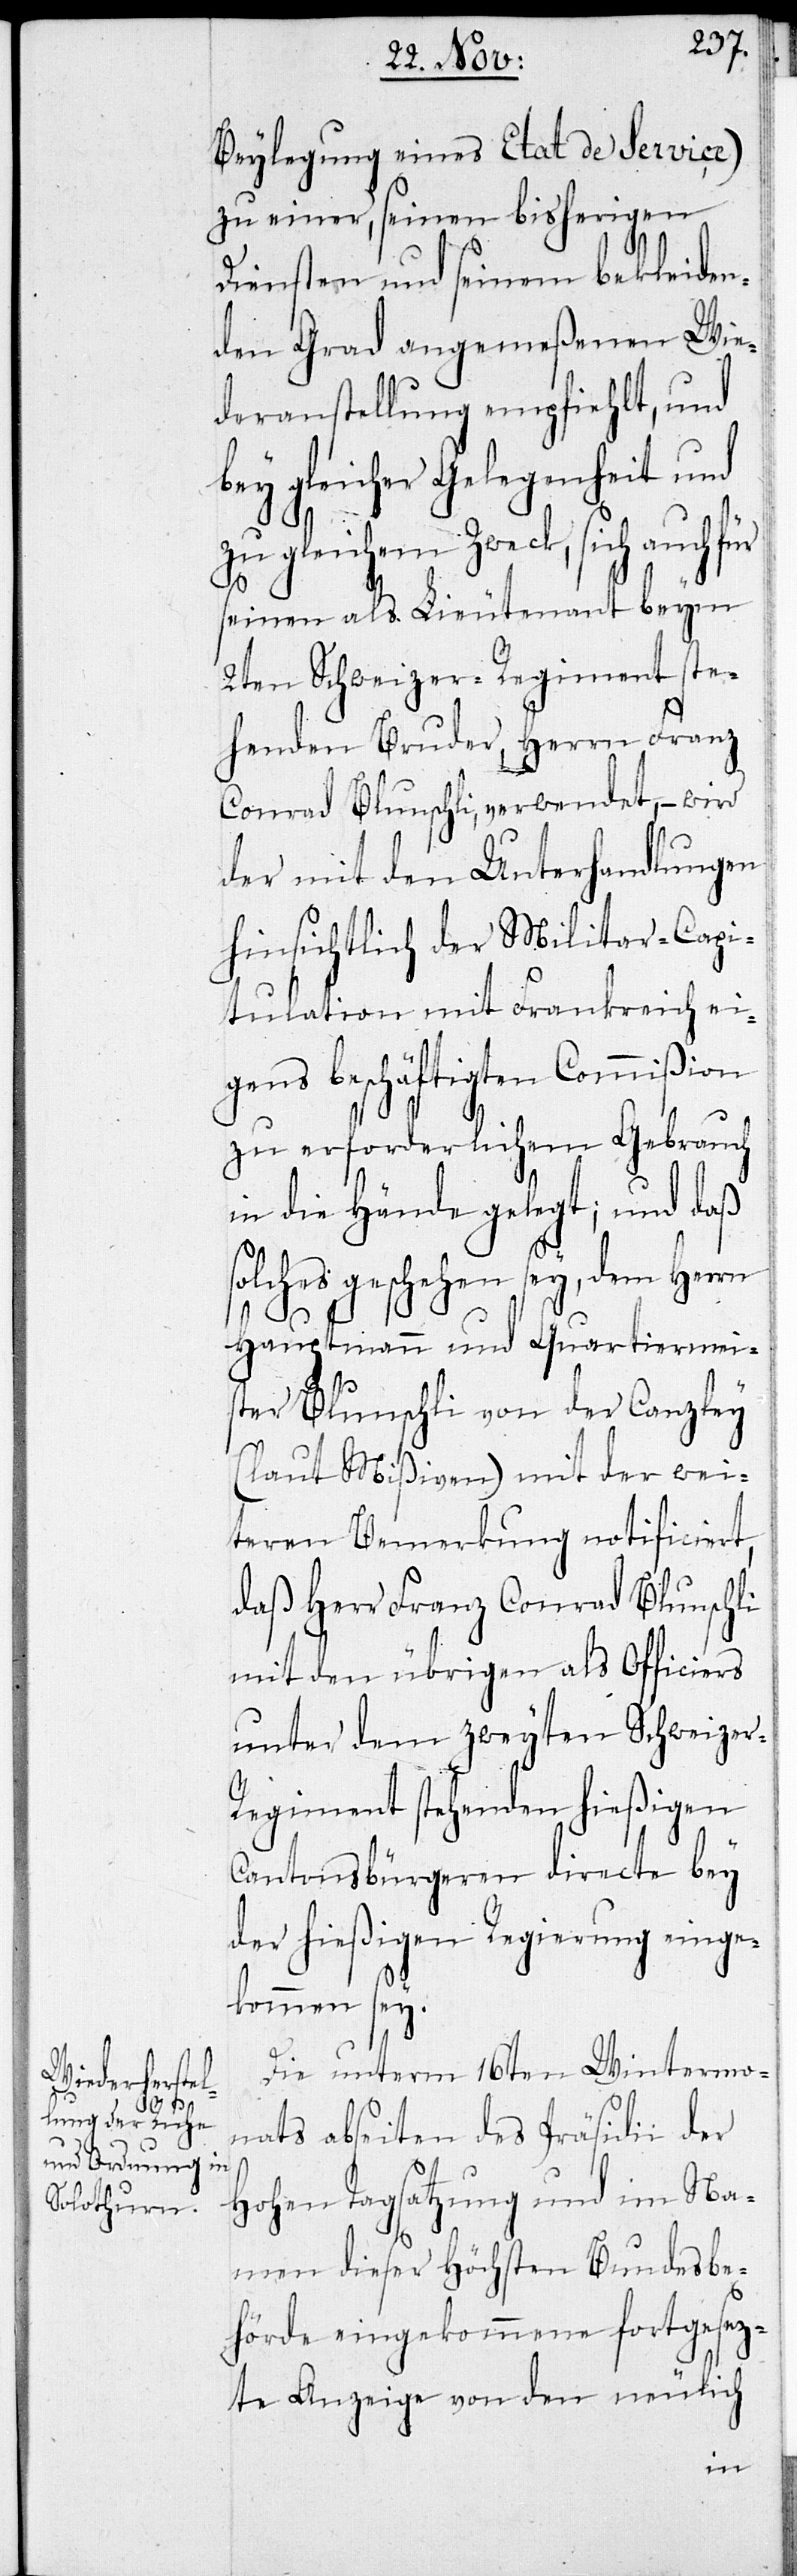
Beylegung eines Etat de Service)
zu einer, seinen bisherigen
Diensten und seinen bekleiden¬
den Grad angemeßenen Wie¬
deranstellung empfiehlt, und
bey gleicher Gelegenheit und
zu gleichem Zweck, sich auch
seinen als Lieutenant beym
2ten Schweizer-Regiment ste¬
henden Bruder, Herrn Franz
Conrad Blunschli, verwendet, – wird
der mit den Unterhandlungen
hinsichtlich der Militar-Capi¬
tulation mit Frankreich ei¬
gens beschäftigen Commißion
zu erforderlichem Gebrauch
in die Hände gelegt; und daß
solches geschehen sey, dem Herrn
Hauptmann und Quartiermei¬
ster Blunschli von der Canzley
(laut Mißiven) mit der wei¬
teren Bemerkung notificiert,
daß Herr Franz Conrad Blunschli
mit den übrigen als Officiers
unter dem zweyten Schweizer-R¬
egiment stehenden hießigen
Cantonsbürgeren directe bey
der hießigen Regierung einge¬
kommen sey.
Die unterm 16ten Wintermo¬
nats abseiten des Präsidii der
Hohen Tagsatzung und im Na¬
men dieser höchsten Bundesbe¬
hörde eingekommene fortgesez¬
te Anzeige von den neulich